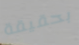
بحقيقة